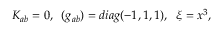
K _ { a b } = 0 , \; \; ( g _ { a b } ) = d i a g ( - 1 , 1 , 1 ) , \; \; \xi = x ^ { 3 } ,